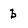
Character: b